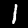
Digit: 1